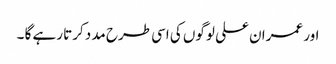
اور عمران علی لوگوں کی اسی طرح مدد کرتا رہے گا ۔